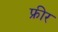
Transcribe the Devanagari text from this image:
फ्रीर